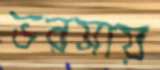
ভরসায়